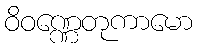
ဝိဝဏ္ဏေတုကာမော